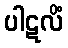
ပါဋလိံ